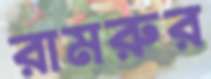
রামরুর